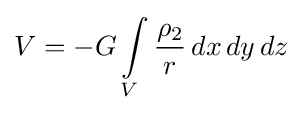
V=-G\int \limits _{V}{\frac {\rho _{2}}{r}}\,dx\,dy\,dz